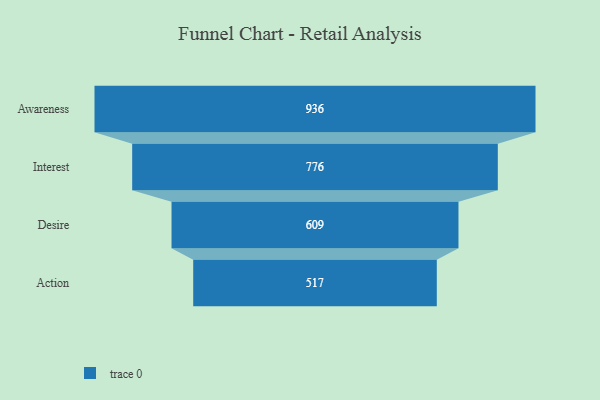
{"axis": {"x": "Stage", "y": "Value"}, "legend": [""], "data": [{"x": "Awareness", "y": 936.0, "type": ""}, {"x": "Interest", "y": 776.0, "type": ""}, {"x": "Desire", "y": 609.0, "type": ""}, {"x": "Action", "y": 517.0, "type": ""}]}